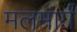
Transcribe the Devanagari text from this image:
मलमार्ग